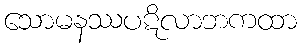
သောမနဿပဋိလာဘကထာ